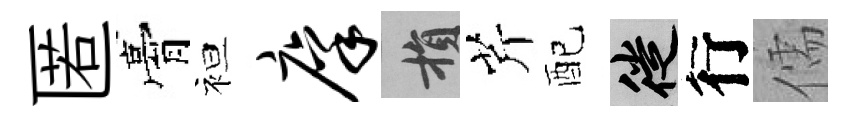
匿膏袒廪損芹配徙行儒